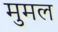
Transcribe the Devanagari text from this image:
मुमल